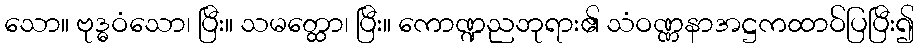
သော။ ဗုဒ္ဓဝံသော၊ ပြီး။ သမတ္ထော၊ ပြီး။ ကောဏ္ဍညဘုရား၏ သံဝဏ္ဏနာအဋ္ဌကထာဝ်ပြပြီး၍